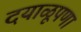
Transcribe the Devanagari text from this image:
दयाळूपणा